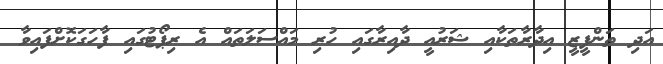
އަދި ތަންފީޒީ އިދާރާތަކާއި ޝަރުއީ ދާއިރާގައި ހުރި މައްސަލަތައް އެ ރިޕޯޓުގައި ފާހަގަކޮށްފައިވާ